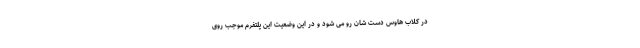
در کلاب هاوس دست شان رو می شود و در این وضعیت این پلتفرم موجب روی